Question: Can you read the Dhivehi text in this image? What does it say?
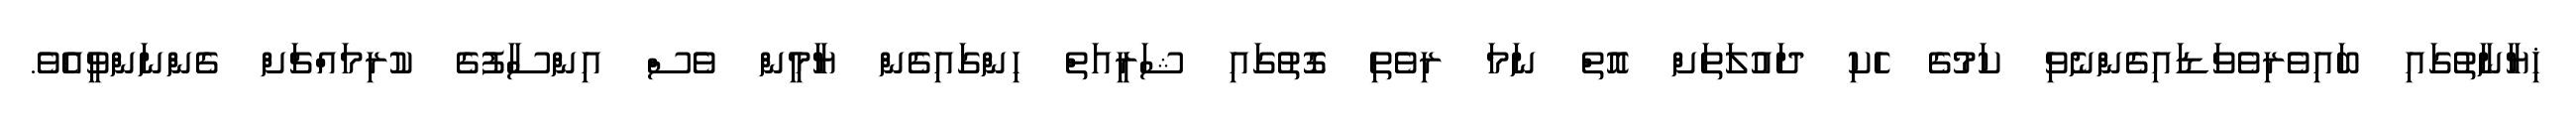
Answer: ޚިޔާނާތުގައި ބައިވެރިވެވަޑައިގެންނެވި ކަމުގެ ހެކި ދައުލަތަށް އޮތް ނަމަ ރިވެތި ގޮތުގައި ޝަރީއަތް ހިންގައިގެން ޔާމީން ވެސް އިންސާފުގެ ކުރިމައްޗަށް ގެންނަންވީއެވެ.